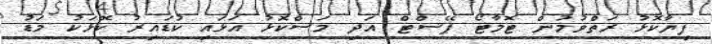
ފިޔާކޮޅު ރަތްވުމުން ޓޮމާޓޯ ޕޭސްޓް އަދި މަސްކޮޅު އަޅައި ކުޑައިރު ކޮޅަކު މަޑު